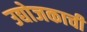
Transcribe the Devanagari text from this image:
उद्योजकाची